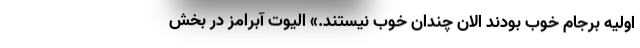
اولیه برجام خوب بودند الان چندان خوب نیستند.» الیوت آبرامز در بخش